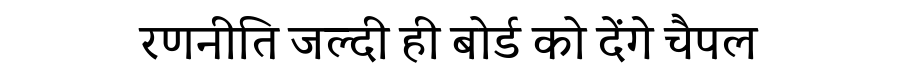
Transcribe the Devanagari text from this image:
रणनीति जल्दी ही बोर्ड को देंगे चैपल